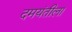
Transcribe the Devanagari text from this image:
दमयंतीला